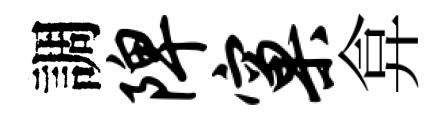
調陴窠弇